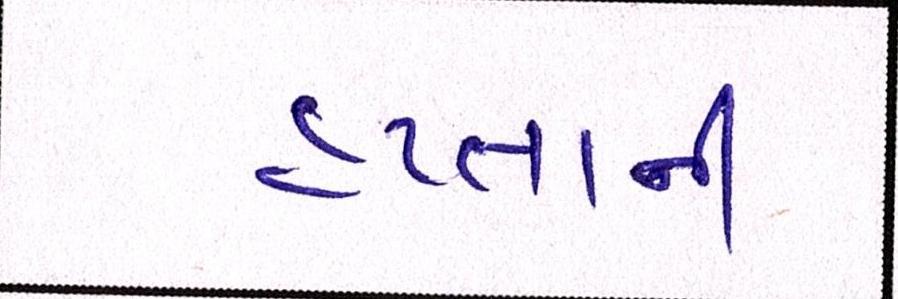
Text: હપ્તાની